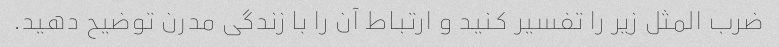
ضرب المثل زیر را تفسیر کنید و ارتباط آن را با زندگی مدرن توضیح دهید.